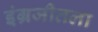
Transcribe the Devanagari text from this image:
इंग्रजीतला